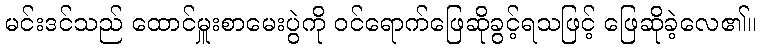
မင်းဒင်သည် ထောင်မှူးစာမေးပွဲကို ဝင်ရောက်ဖြေဆိုခွင့်ရသဖြင့် ဖြေဆိုခဲ့လေ၏။